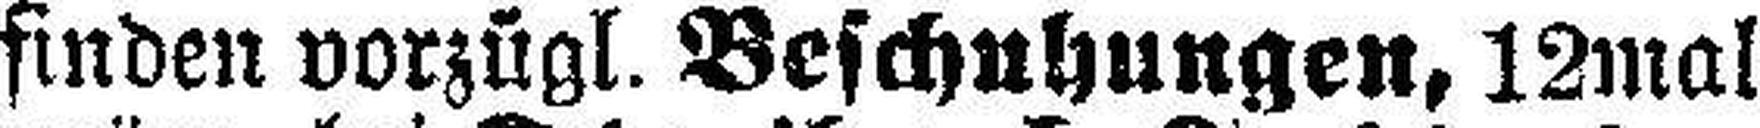
finden vorzügl. Beschuhungen, 12mal